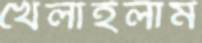
খেলাইলাম